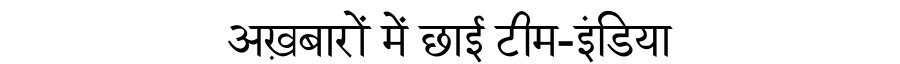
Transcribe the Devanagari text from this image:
अख़बारों में छाई टीम-इंडिया